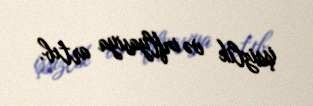
işsizlik və inflyasiya artıb.